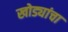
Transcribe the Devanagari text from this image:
खोड्यांचा